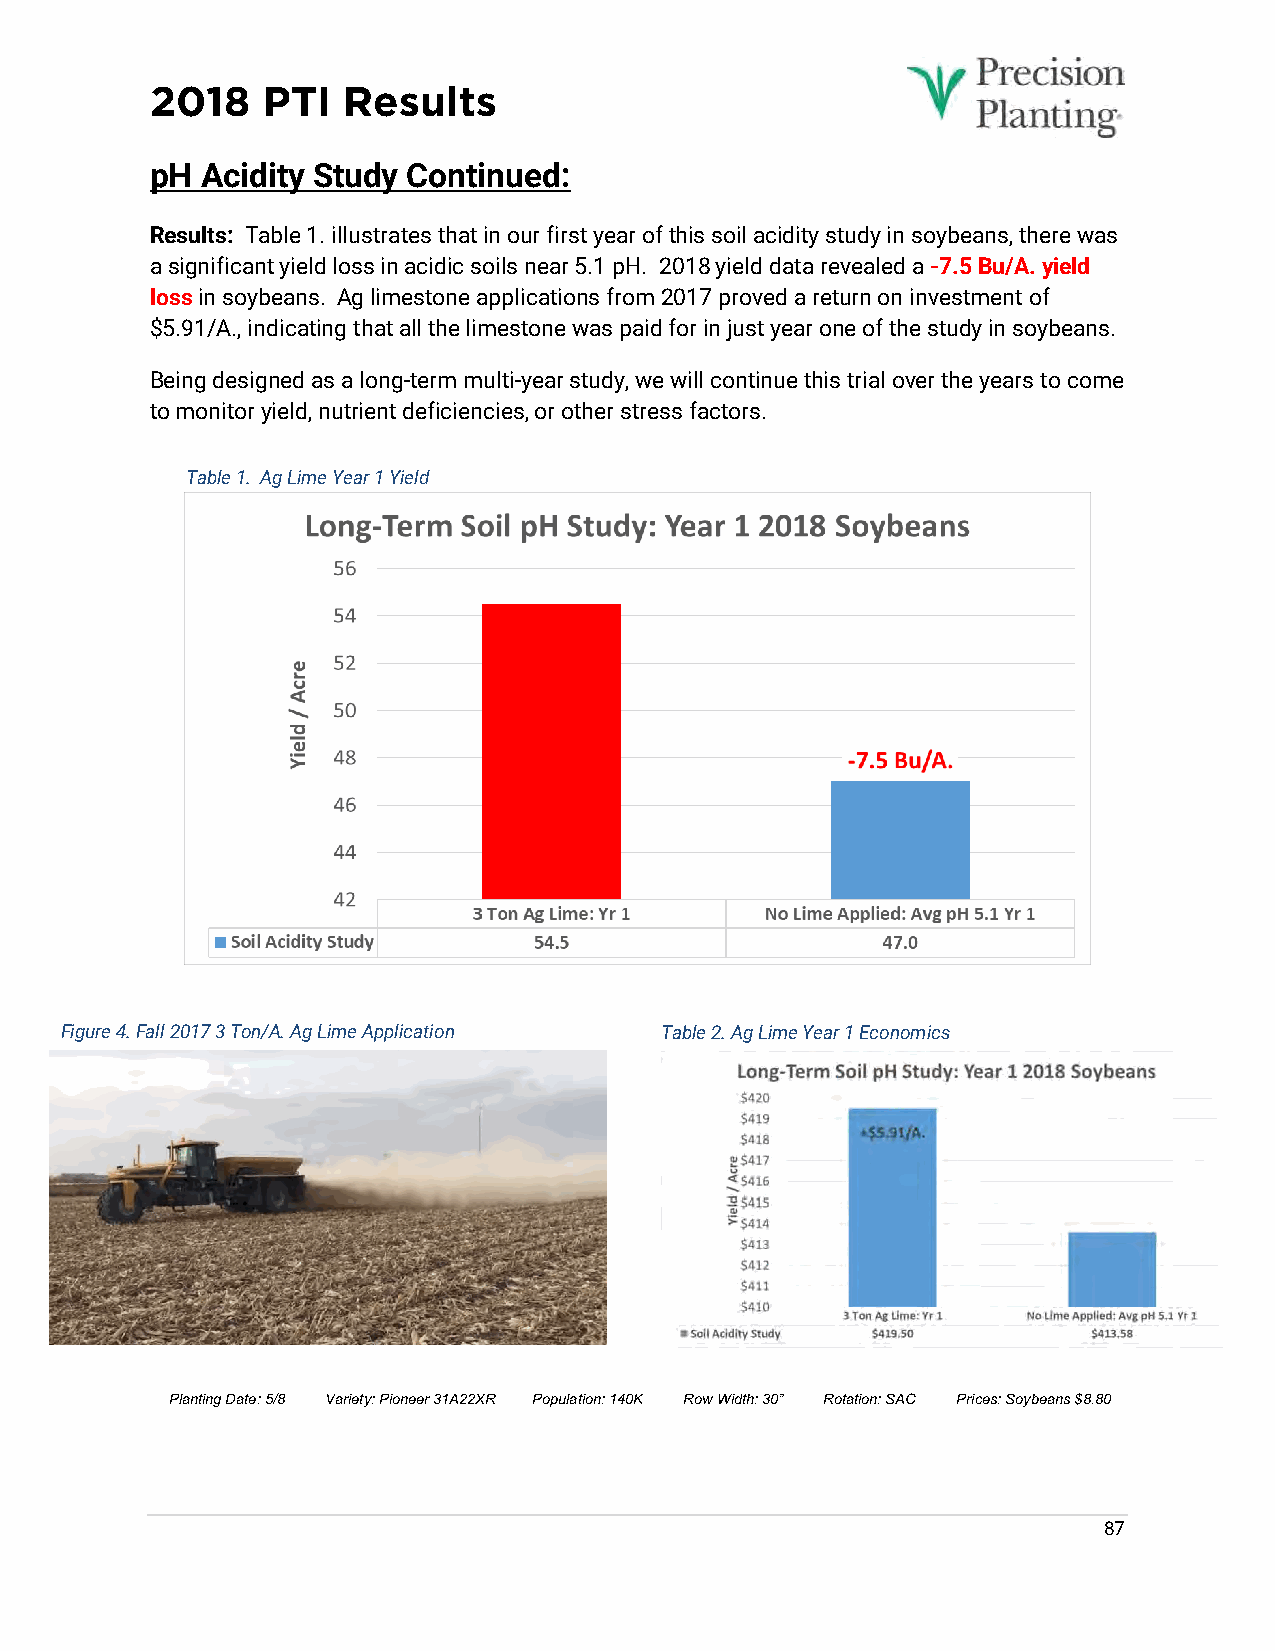
2018   PTI   Results
 pH Acidity Study Continued:
 Results: Table 1. illustrates that in our first year of this soil acidity study in soybeans, there was
 a significant yield loss in acidic soils near 5.1 pH. 2018 yield data revealed a -7.5 Bu/A. yield
 loss in soybeans. Ag limestone applications from 2017 proved a return on investment of
 $5.91/A., indicating that all the limestone was paid for in just year one of the study in soybeans.
 Being designed as a long-term multi-year study, we will continue this trial over the years to come
 to monitor yield, nutrient deficiencies, or other stress factors.
 Table 1. Ag Lime Year 1 Yield
 Figure 4. Fall 2017 3 Ton/A. Ag Lime Application Table 2. Ag Lime Year 1 Economics
 Planting Date: 5/8 Variety: Pioneer 31A22XR Population: 140K Row Width: 30” Rotation: SAC Prices: Soybeans $8.80
 87